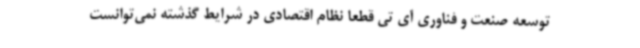
توسعه صنعت و فناوری آی تی قطعا نظام اقتصادی در شرایط گذشته نمی‌توانست